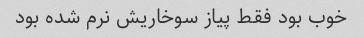
خوب بود فقط پیاز سوخاریش نرم شده بود